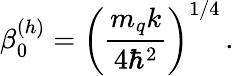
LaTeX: \beta_{0}^{(h)}=\left(\frac{m_{q}k}{4\hbar^{2}}\right)^{1/4}\, .